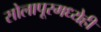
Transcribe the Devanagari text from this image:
सोलापूरमध्येही